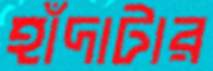
হাঁদাটার